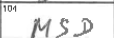
Transcription: MSD